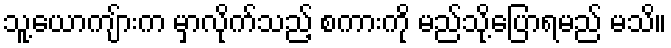
သူ့ယောကျ်ားက မှာလိုက်သည့် စကားကို မည်သို့ပြောရမည် မသိ။